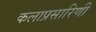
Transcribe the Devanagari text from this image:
कलाप्रसारिणी